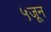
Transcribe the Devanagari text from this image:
५जून